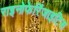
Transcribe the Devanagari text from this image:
राइनोफेरिंजाइटिस